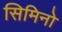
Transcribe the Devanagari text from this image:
सिमिनो